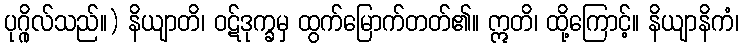
ပုဂ္ဂိုလ်သည်။) နိယျာတိ၊ ဝဋ်ဒုက္ခမှ ထွက်မြောက်တတ်၏။ ဣတိ၊ ထို့ကြောင့်။ နိယျာနိကံ၊